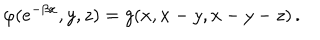
\varphi ( e ^ { - \beta x } , y , z ) = g ( x , x - y , x - y - z ) \, .